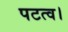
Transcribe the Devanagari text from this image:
पटत्व।